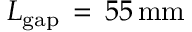
L _ { \mathrm { { g a p } } } \, = \, 5 5 \, \mathrm { { m m } }